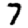
Digit: 7